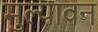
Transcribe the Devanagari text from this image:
मुल्यावन